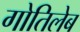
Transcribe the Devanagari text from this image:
गोतिलेब